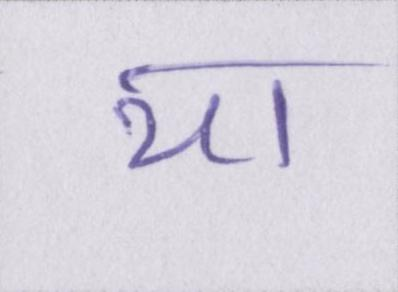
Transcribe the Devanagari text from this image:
या